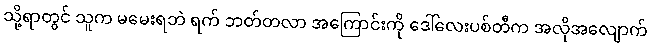
သို့ရာတွင် သူက မမေးရဘဲ ရက် ဘတ်တလာ အကြောင်းကို ဒေါ်လေးပစ်တီက အလိုအလျောက်